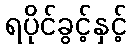
ရပိုင်ခွင့်နှင့်